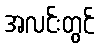
အလင်းတွင်